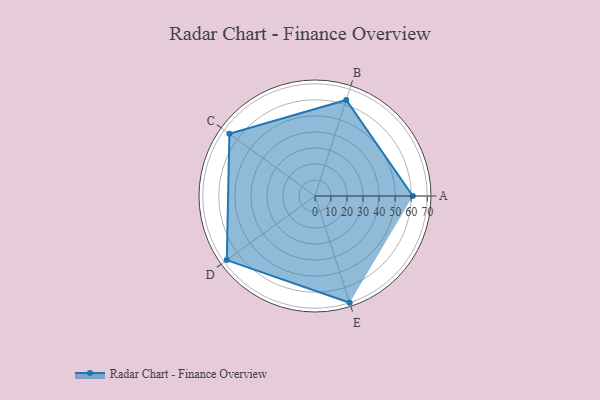
{"axis": {"x": "Skill", "y": "Score"}, "legend": ["Profile"], "data": [{"x": "A", "y": 61.0, "type": "Profile"}, {"x": "B", "y": 63.0, "type": "Profile"}, {"x": "C", "y": 66.0, "type": "Profile"}, {"x": "D", "y": 68.0, "type": "Profile"}, {"x": "E", "y": 70.0, "type": "Profile"}]}